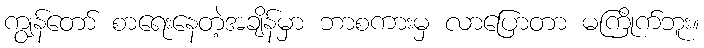
ကျွန်တော် စာရေးနေတဲ့အချိန်မှာ ဘာစကားမှ လာပြောတာ မကြိုက်ဘူး။